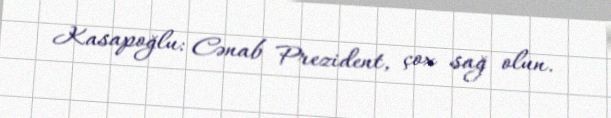
Kasapoğlu: Cənab Prezident, çox sağ olun.